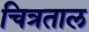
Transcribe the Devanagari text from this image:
चित्रताल